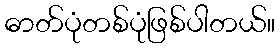
ဓာတ်ပုံတစ်ပုံဖြစ်ပါတယ်။